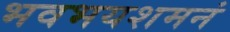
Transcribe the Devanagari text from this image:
भवभयशमनं